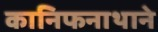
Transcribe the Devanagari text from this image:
कानिफनाथाने